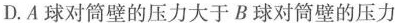
D.A球对筒壁的压力大于B球对筒壁的压力